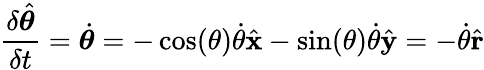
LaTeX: {\frac{\delta{\hat{\boldsymbol{\theta}}}}{\delta t}}={\dot{\boldsymbol{\theta}}}=-\cos(\theta){\dot{\theta}}{\hat{\mathbf{x}}}-\sin(\theta){\dot{\theta}}{\hat{\mathbf{y}}}=-{\dot{\theta}}{\hat{\mathbf{r}}}